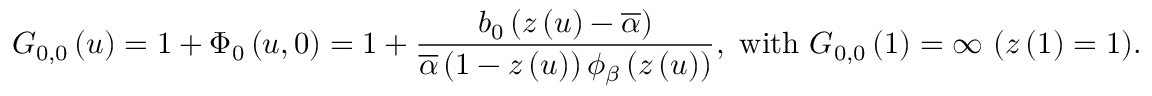
G _ { 0 , 0 } \left( u \right) = 1 + \Phi _ { 0 } \left( u , 0 \right) = 1 + \frac { b _ { 0 } \left( z \left( u \right) - \overline { { \alpha } } \right) } { \overline { { \alpha } } \left( 1 - z \left( u \right) \right) \phi _ { \beta } \left( z \left( u \right) \right) } \mathrm { , ~ w i t h ~ } G _ { 0 , 0 } \left( 1 \right) = \infty \mathrm { ~ ( } z \left( 1 \right) = 1 \mathrm { ) . }